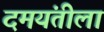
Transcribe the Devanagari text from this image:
दमयंतीला